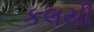
કલયી